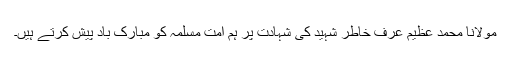
مولانا محمد عظیم عرف خاطر شہیدؒ کی شہادت پر ہم امت مسلمہ کو مبارک باد پیش کرتے ہیں۔